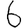
Digit: 6